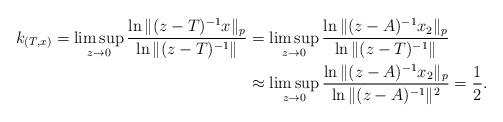
LaTeX: \begin{align*}k_{(T,x)}=\limsup_{z\rightarrow 0}\frac{\ln\|(z-T)^{-1}x\|_p}{\ln\|(z-T)^{-1}\|}&=\limsup_{z\rightarrow 0}\frac{\ln\|(z-A)^{-1}x_2\|_p}{\ln\|(z-T)^{-1}\|}\\&\approx\limsup_{z\rightarrow 0}\frac{\ln\|(z-A)^{-1}x_2\|_p}{\ln\|(z-A)^{-1}\|^2}=\frac{1}{2}.\end{align*}